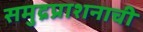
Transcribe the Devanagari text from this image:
समुद्रप्राशनाची